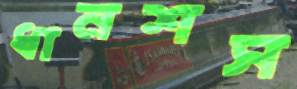
ধানশস